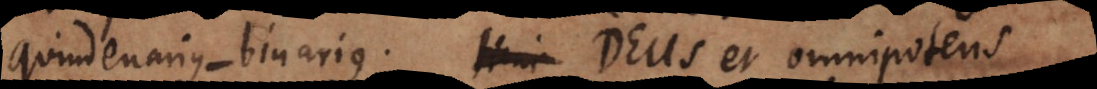
quindenarius‐binarius. Hinc Deus et omnipotens.